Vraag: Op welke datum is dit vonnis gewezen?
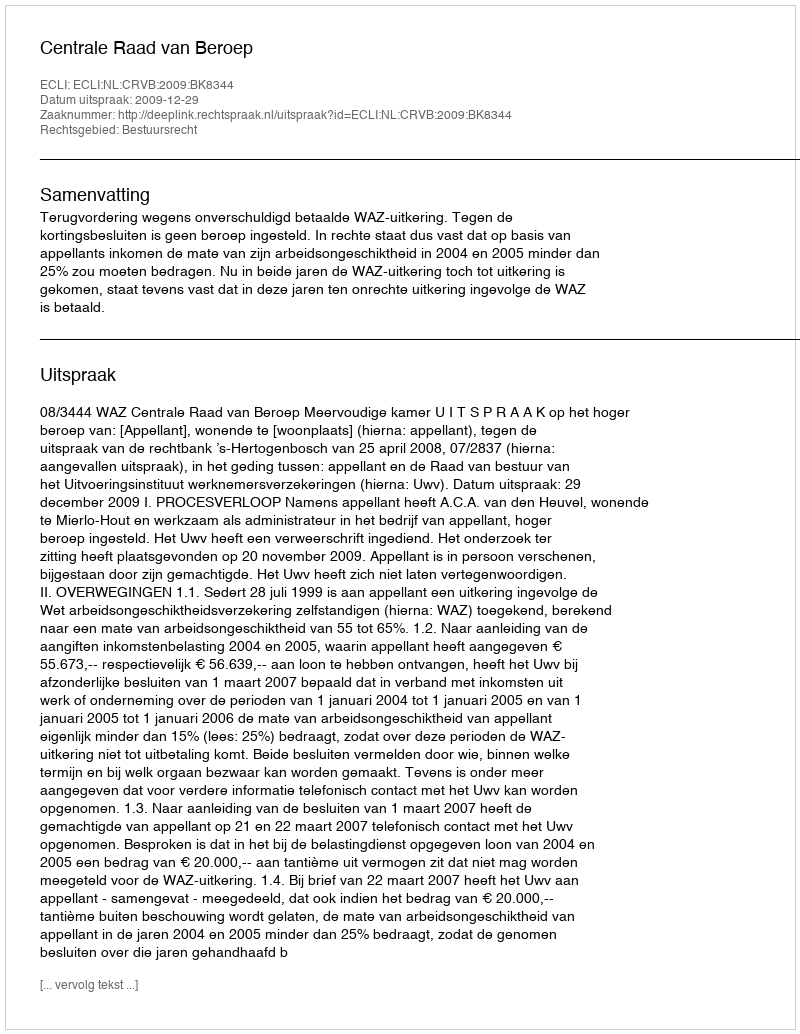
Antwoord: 2009-12-29